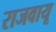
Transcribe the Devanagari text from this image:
राजवायू